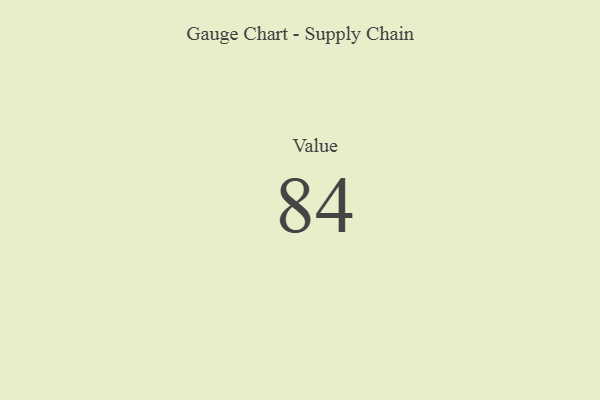
{"axis": {"x": "Metric", "y": "Value"}, "legend": [""], "data": [{"x": "Value", "y": 84, "type": ""}]}